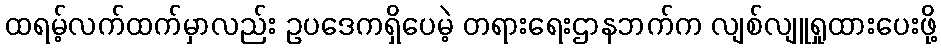
ထရမ့်လက်ထက်မှာလည်း ဥပဒေကရှိပေမဲ့ တရားရေးဌာနဘက်က လျစ်လျူရှုထားပေးဖို့